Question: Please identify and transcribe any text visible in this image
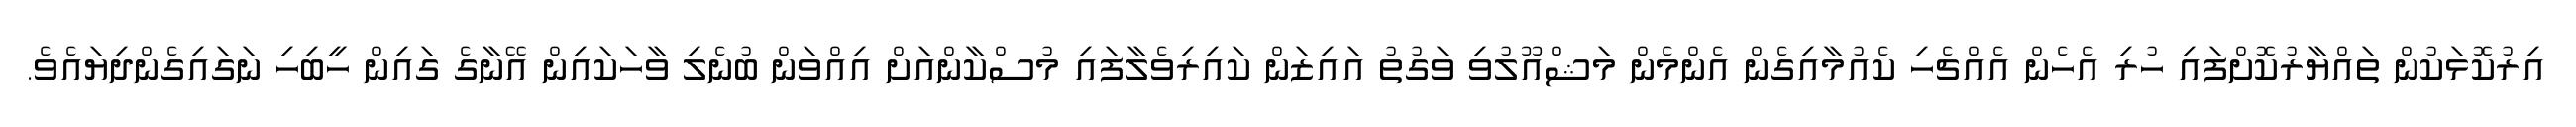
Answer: އިރުކޮޅަކުން ތައްޔާރުކޮށްފައި ހުރި އެހެން އެއްޗެހި ކެއުމާއިގެން އެންމެން މަޝްއޫލުވި ވަގުތު އައިޒަން ކައިރިވެލާފައި މުސްކާންއަށް އިއްވަން ބުނެލި ވާހަކައިން އޭނާގެ ގައިން ހީބިހި ނަގައިގެންދިޔައެވެ.